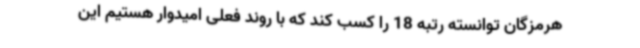
هرمزگان توانسته رتبه 18 را کسب کند که با روند فعلی امیدوار هستیم این